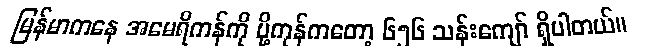
မြန်မာကနေ အမေရိကန်ကို ပို့ကုန်ကတော့ ၆၅၆ သန်းကျော် ရှိပါတယ်။